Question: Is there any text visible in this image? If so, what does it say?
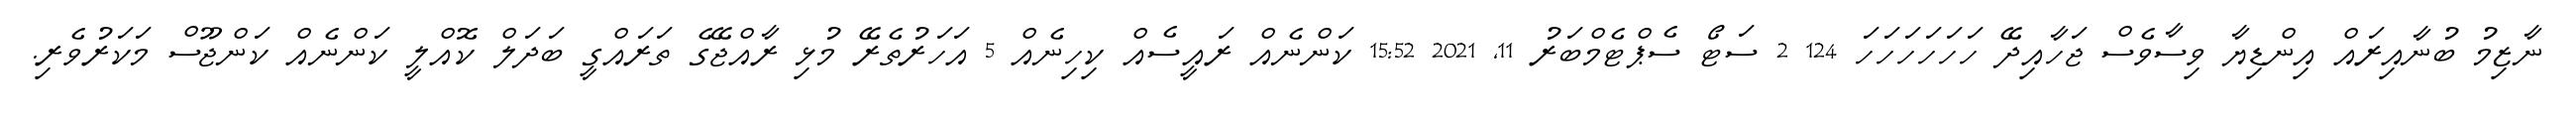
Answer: ނާޒިމު ބުނާއިރައް އިންޑިޔާ ވިސާވެސް ޖަހާއިދޭ ހަހަހަހަހަހަ 124 2 ސަޓޯ ސެޕްޓެމްބަރު 11, 2021 15:52 ކަންނެއް ރައީސެއް ކިހިނެއް 5 އަހަރުތެރޭ މުޅި ރާއްޖޭގެ ތަރައްގީ ބަދަލް ކޮއްލީ ކަންނެއް ކަންޖޫސް މަކަރުވެރި.